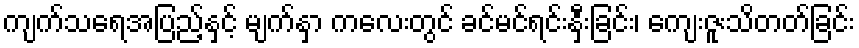
ကျက်သရေအပြည့်နှင့် မျက်နှာ ကလေးတွင် ခင်မင်ရင်းနှီးခြင်း၊ ကျေးဇူးသိတတ်ခြင်း